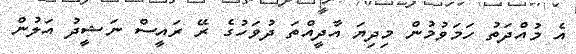
އެ މުއްދަތު ހަމަވުމުން މިދިޔަ އާދީއްތަ ދުވަހުގެ ރޭ ރައީސް ނަޝީދު އަލުން